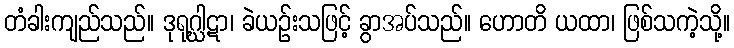
တံခါးကျည်သည်။ ဒုရုဂ္ဃါဋာ၊ ခဲယဉ်းသဖြင့် ခွာအပ်သည်။ ဟောတိ ယထာ၊ ဖြစ်သကဲ့သို့။